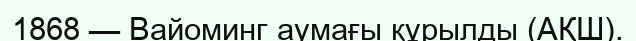
1868 — Вайоминг аумағы құрылды (АҚШ).